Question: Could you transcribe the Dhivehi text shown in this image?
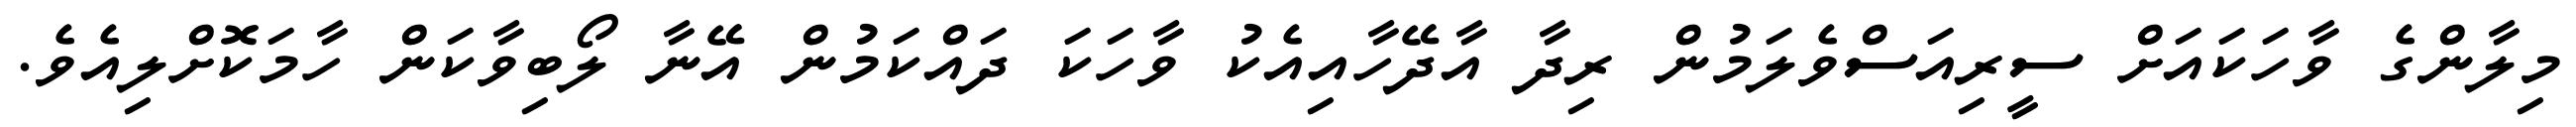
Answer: މިލާންގެ ވާހަކައަށް ސީރިއަސްވެލަމުން ރިދާ އާދޭހާއިއެކު ވާހަކަ ދައްކަމުން އޭނާ ލޯބިވާކަން ހާމަކޮށްލިއެވެ.